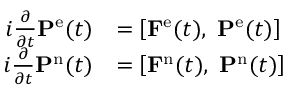
\begin{array} { r l } { i \frac { \partial } { \partial t } \mathbf { P } ^ { \mathrm { e } } ( t ) } & { = \left[ \mathbf { F } ^ { \mathrm { e } } ( t ) , \ \mathbf { P } ^ { \mathrm { e } } ( t ) \right] } \\ { i \frac { \partial } { \partial t } \mathbf { P } ^ { \mathrm { n } } ( t ) } & { = \left[ \mathbf { F } ^ { \mathrm { n } } ( t ) , \ \mathbf { P } ^ { \mathrm { n } } ( t ) \right] } \end{array}